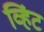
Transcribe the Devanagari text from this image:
व्हिंट